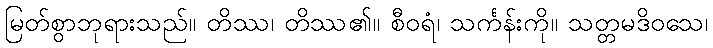
မြတ်စွာဘုရားသည်။ တိဿ၊ တိဿ၏။ စီဝရံ၊ သင်္ကန်းကို။ သတ္တမဒိဝသေ၊